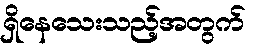
ရှိနေသေးသည့်အတွက်